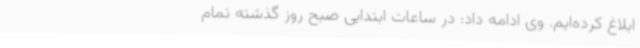
ابلاغ کرده‌ایم. وی ادامه داد: در ساعات ابتدایی صبح روز گذشته تمام